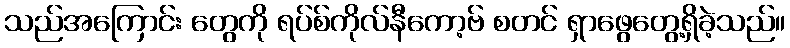
သည်အကြောင်း တွေကို ရပ်စ်ကိုလ်နီကော့ဗ် စတင် ရှာဖွေတွေ့ရှိခဲ့သည်။